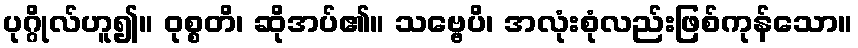
ပုဂ္ဂိုလ်ဟူ၍။ ဝုစ္စတိ၊ ဆိုအပ်၏။ သဗ္ဗေပိ၊ အလုံးစုံလည်းဖြစ်ကုန်သော။